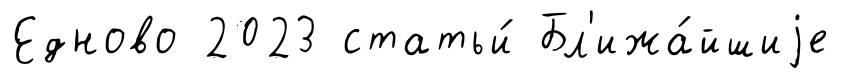
Едново 2023 статьи́ Бл'ижа́йшиjе